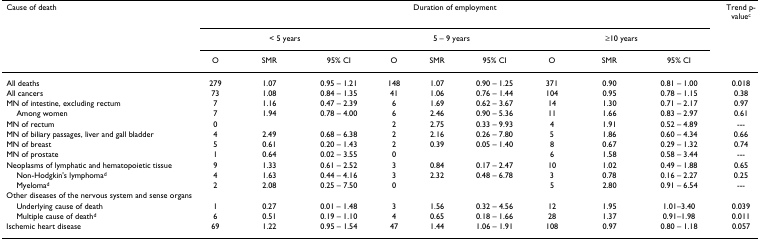
<table><thead><tr><td><b>Cause of death</b></td><td colspan="9"><b>Duration of employment</b></td><td><b>Trend p-value<sup>c</sup></b></td></tr><tr><td></td><td colspan="3"><b>&lt; 5 years</b></td><td colspan="3"><b>5 – 9 years</b></td><td colspan="3"><b>≥10 years</b></td><td></td></tr><tr><td></td><td><b>O</b></td><td><b>SMR</b></td><td><b>95% CI</b></td><td><b>O</b></td><td><b>SMR</b></td><td><b>95% CI</b></td><td><b>O</b></td><td><b>SMR</b></td><td><b>95% CI</b></td><td></td></tr></thead><tbody><tr><td>All deaths</td><td>279</td><td>1.07</td><td>0.95 – 1.21</td><td>148</td><td>1.07</td><td>0.90 – 1.25</td><td>371</td><td>0.90</td><td>0.81 – 1.00</td><td>0.018</td></tr><tr><td>All cancers</td><td>73</td><td>1.08</td><td>0.84 – 1.35</td><td>41</td><td>1.06</td><td>0.76 – 1.44</td><td>104</td><td>0.95</td><td>0.78 – 1.15</td><td>0.38</td></tr><tr><td>MN of intestine, excluding rectum</td><td>7</td><td>1.16</td><td>0.47 – 2.39</td><td>6</td><td>1.69</td><td>0.62 – 3.67</td><td>14</td><td>1.30</td><td>0.71 – 2.17</td><td>0.97</td></tr><tr><td> Among women</td><td>7</td><td>1.94</td><td>0.78 – 4.00</td><td>6</td><td>2.46</td><td>0.90 – 5.36</td><td>11</td><td>1.66</td><td>0.83 – 2.97</td><td>0.61</td></tr><tr><td>MN of rectum</td><td>0</td><td></td><td></td><td>2</td><td>2.75</td><td>0.33 – 9.93</td><td>4</td><td>1.91</td><td>0.52 – 4.89</td><td>---</td></tr><tr><td>MN of biliary passages, liver and gall bladder</td><td>4</td><td>2.49</td><td>0.68 – 6.38</td><td>2</td><td>2.16</td><td>0.26 – 7.80</td><td>5</td><td>1.86</td><td>0.60 – 4.34</td><td>0.66</td></tr><tr><td>MN of breast</td><td>5</td><td>0.61</td><td>0.20 – 1.43</td><td>2</td><td>0.39</td><td>0.05 – 1.40</td><td>8</td><td>0.67</td><td>0.29 – 1.32</td><td>0.74</td></tr><tr><td>MN of prostate</td><td>1</td><td>0.64</td><td>0.02 – 3.55</td><td>0</td><td></td><td></td><td>6</td><td>1.58</td><td>0.58 – 3.44</td><td>---</td></tr><tr><td>Neoplasms of lymphatic and hematopoietic tissue</td><td>9</td><td>1.33</td><td>0.61 – 2.52</td><td>3</td><td>0.84</td><td>0.17 – 2.47</td><td>10</td><td>1.02</td><td>0.49 – 1.88</td><td>0.65</td></tr><tr><td> Non-Hodgkin&#x27;s lymphoma<sup>d</sup></td><td>4</td><td>1.63</td><td>0.44 – 4.16</td><td>3</td><td>2.32</td><td>0.48 – 6.78</td><td>3</td><td>0.78</td><td>0.16 – 2.27</td><td>0.25</td></tr><tr><td> Myeloma<sup>d</sup></td><td>2</td><td>2.08</td><td>0.25 – 7.50</td><td>0</td><td></td><td></td><td>5</td><td>2.80</td><td>0.91 – 6.54</td><td>---</td></tr><tr><td>Other diseases of the nervous system and sense organs</td><td></td><td></td><td></td><td></td><td></td><td></td><td></td><td></td><td></td><td></td></tr><tr><td> Underlying cause of death</td><td>1</td><td>0.27</td><td>0.01 – 1.48</td><td>3</td><td>1.56</td><td>0.32 – 4.56</td><td>12</td><td>1.95</td><td>1.01–3.40</td><td>0.039</td></tr><tr><td> Multiple cause of death<sup>d</sup></td><td>6</td><td>0.51</td><td>0.19 – 1.10</td><td>4</td><td>0.65</td><td>0.18 – 1.66</td><td>28</td><td>1.37</td><td>0.91–1.98</td><td>0.011</td></tr><tr><td>Ischemic heart disease</td><td>69</td><td>1.22</td><td>0.95 – 1.54</td><td>47</td><td>1.44</td><td>1.06 – 1.91</td><td>108</td><td>0.97</td><td>0.80 – 1.18</td><td>0.057</td></tr></tbody></table>